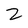
Character: Z